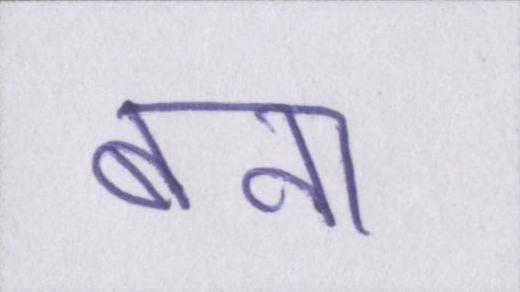
बना